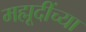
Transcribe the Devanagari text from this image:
मह्मूदींच्या